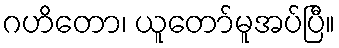
ဂဟိတော၊ ယူတော်မူအပ်ပြီ။